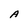
Character: A